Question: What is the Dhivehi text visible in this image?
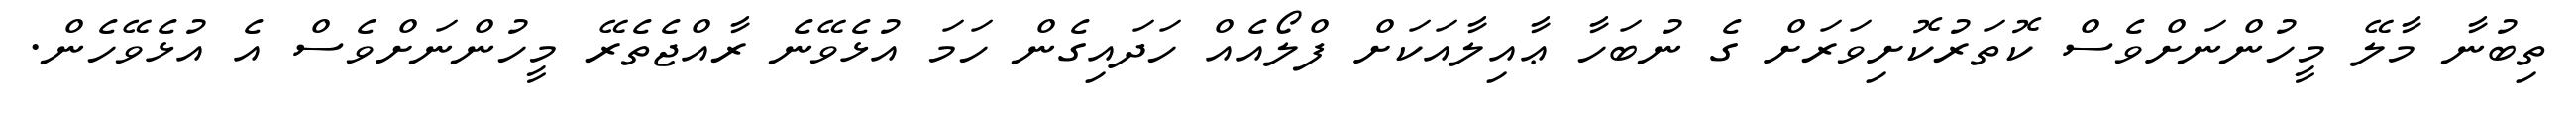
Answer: ތިބުނާ މާލޭ މީހުންނަށްވެސް ކޮތަރުކޮށިވަރަށް ގެ ނުބަހާ ޢާއިލާއަކަށް ފްލޯއެއް ހަދައިގެން ހަމަ އުޅެވޭނެ ރާއްޖެތެރޭ މީހުންނަށްވެސް އެ އުޅެވޭހެން.